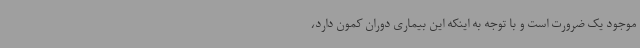
موجود یک ضرورت است و با توجه به اینکه این بیماری دوران کمون دارد،